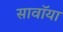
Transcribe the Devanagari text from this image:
सावॉया